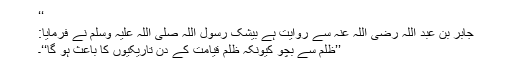
‘‘
جابر بن عبد اللہ رضی اللہ عنہ سے روایت ہے بیشک رسول اللہ صلی اللہ علیہ وسلم نے فرمایا:
’’ظلم سے بچو کیونکہ ظلم قیامت کے دن تاریکیوں کا باعث ہو گا‘‘۔